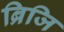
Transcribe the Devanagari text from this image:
ब्रिजि